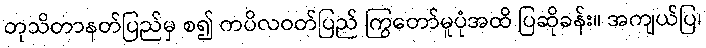
တုသိတာနတ်ပြည်မှ စ၍ ကပိလဝတ်ပြည် ကြွတော်မူပုံအထိ ပြဆိုခန်း။ အကျယ်ပြ၊